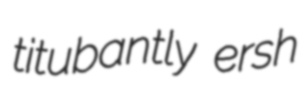
titubantly ersh